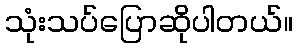
သုံးသပ်ပြောဆိုပါတယ်။